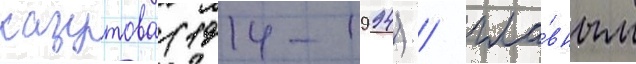
казутова (1914-1994) / гла́вным